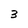
Character: 3